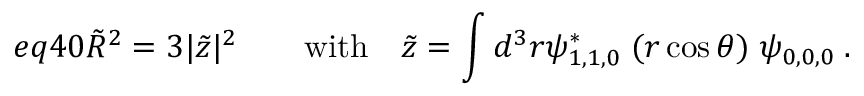
e q 4 0 \tilde { R } ^ { 2 } = 3 | \tilde { z } | ^ { 2 } \qquad \mathrm { w i t h } \quad \tilde { z } = \int d ^ { 3 } r \psi _ { 1 , 1 , 0 } ^ { \ast } \; ( r \cos \theta ) \; \psi _ { 0 , 0 , 0 } \; .